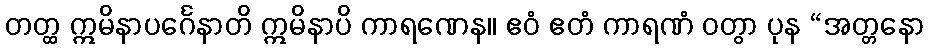
တတ္ထ ဣမိနာပင်္ဂေနာတိ ဣမိနာပိ ကာရဏေန။ ဧဝံ ဧတံ ကာရဏံ ဝတွာ ပုန “အတ္တနော